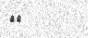
٧٠